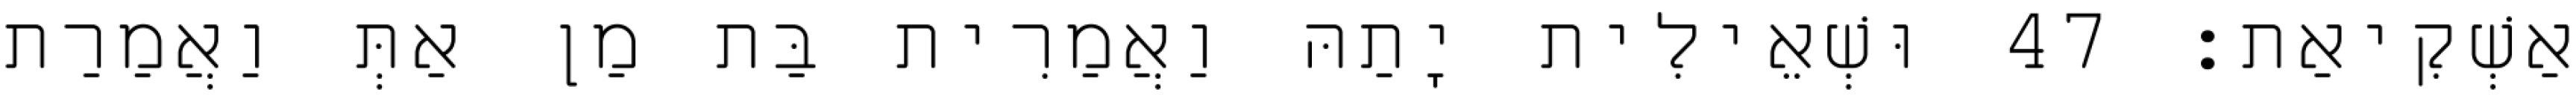
אַשְׁקִיאַת׃ 47 וּשְׁאֵילִית יָתַהּ וַאֲמַרִית בַּת מַן אַתְּ וַאֲמַרַת